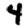
Digit: 4